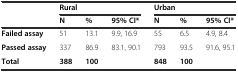
|  | <COLSPAN=3> Rural | <COLSPAN=3> Urban |
 |  | N | % | 95% CI* | N | % | 95% CI* |
 | --- | --- | --- | --- | --- | --- | --- |
 | Failed assay | 51 | 13.1 | 9.9, 16.9 | 55 | 6.5 | 4.9, 8.4 |
 | Passed assay | 337 | 86.9 | 83.1, 90.1 | 793 | 93.5 | 91.6, 95.1 |
 | Total | 388 | 100 |  | 848 | 100 |  |